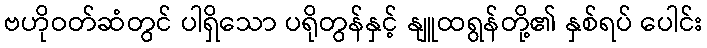
ဗဟိုဝတ်ဆံတွင် ပါရှိသော ပရိုတွန်နှင့် နျူထရွန်တို့၏ နှစ်ရပ် ပေါင်း